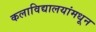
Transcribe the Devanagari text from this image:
कलाविद्यालयांमधून